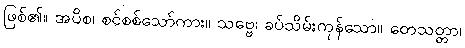
ဖြစ်၏။ အပိစ၊ စင်စစ်သော်ကား။ သဗ္ဗေ၊ ခပ်သိမ်းကုန်သော။ တေသတ္တာ၊